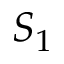
S _ { 1 }